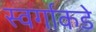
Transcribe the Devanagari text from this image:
स्वर्गाकडे